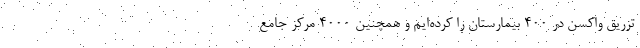
تزریق واکسن در ۴۰۰ بیمارستان‌ را کرده‌ایم و همچنین ۴۰۰۰ مرکز جامع